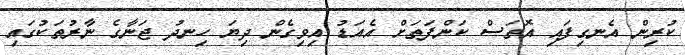
ކުރިން އެނގިފައި އޮތަސް ކަންފަތަށް އެއަޑު އިވިގެން ދިޔަ ހިނދު ޖަނާގެ ނާރުތަކުގައި